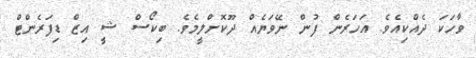
ވާހަކަ ދެއްކިއެވެ. އަހަރެން ފުން ނޭވަޔެއް ދޫކޮށްލީމެވެ. ބިކޯސް ޝީ އިޒް ޑިފަރެންޓް